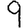
Digit: 9